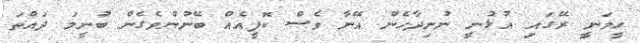
ހީވަނީ ރޭގައި އުޅުނީ ނުނިދާހެން އޭނާ ވެސް ކޮފީއެއް ބޭނުންވެގެން ބުނީމަ ދައްތަ